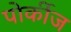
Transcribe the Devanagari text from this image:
पोर्कीज